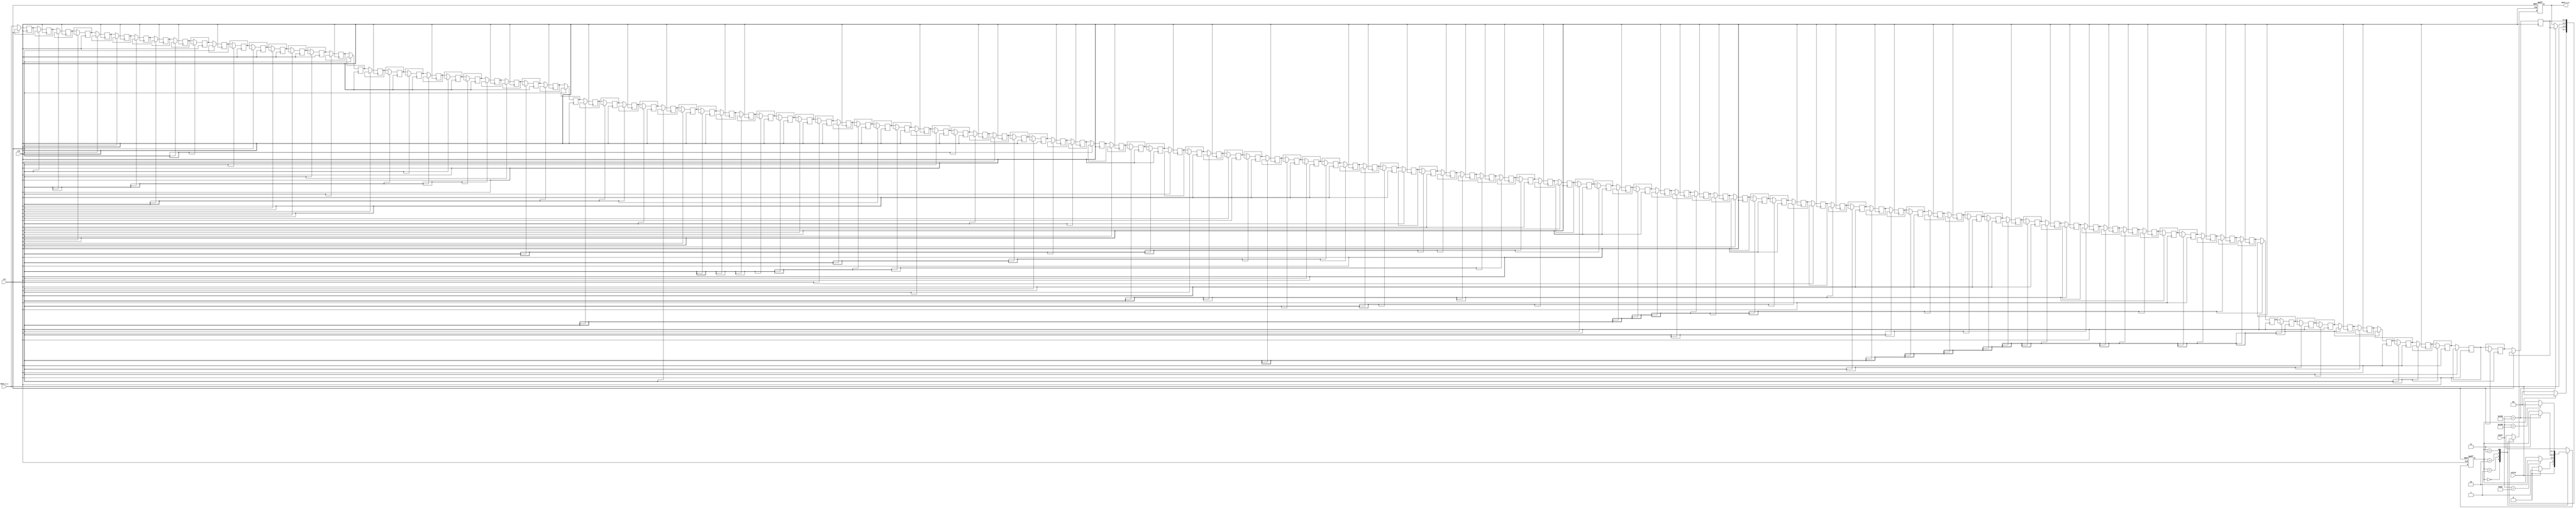
// module: BUFFER_S
// function of this module:
// pass the value of S in smithwaterman algorithm

module BUFFER_S(
    input clk,
    input rst,
    input valid,
    input [11:0] count,
    input [1:0] data_s_i,
    output reg [1:0] data_s_o
);

    parameter IDLE               = 2'b00;
    parameter GIVE_IN            = 2'b01;
    parameter WRITE_BUF          = 2'b10;
    parameter GIVE_BUF           = 2'b11;
    
    reg [1:0]  buffer_S [127:0];

    reg [1:0] state, next_state;
    reg [1:0] next_data_s_o;
    
    // sequential part
    integer i;
    always@( posedge clk or posedge rst) begin
        if(rst) begin
            state <= IDLE;
            data_s_o <= 0;
        end
        else begin
            state <= next_state;
            data_s_o <= next_data_s_o;

            for(i=0; i < 127; i=i+1) begin
                buffer_S[i] <= buffer_S[i+1];
            end
            buffer_S[127] <= data_s_i;
        end
    end
    
    // combinational part
    always@(*) begin
        next_state = state;
        next_data_s_o = data_s_o;
        case(state)
            IDLE: begin
                if(valid) begin
                    next_state = GIVE_IN;
                    next_data_s_o = data_s_i;
                end
                else begin
                    next_state = IDLE;
                    next_data_s_o = 0;
                end
            end
            
            GIVE_IN: begin
                next_data_s_o = data_s_i;
                
                if(count == 128) begin
                    next_state = WRITE_BUF;
                end
            end

            WRITE_BUF: begin
                if(count == 256) begin
                    next_state = GIVE_BUF;
                    next_data_s_o = buffer_S[0];
                end
            end
            
            GIVE_BUF: begin
                next_data_s_o = buffer_S[0];
                if(count == 384) begin
                    next_state = IDLE;
                end
            end

            default: begin
                next_state = state;
            end

        endcase
    end
endmodule